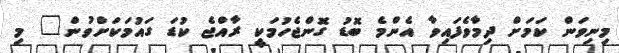
މިނިވަން ކަމަށް ދިމާވެފައިވާ އެންމެ ބޮޑު ގޮންޖެހުމަކީ ރާއްޖެ ކުޑަ ގައުމަކަށްވުން" މި